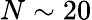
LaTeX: N\sim 20